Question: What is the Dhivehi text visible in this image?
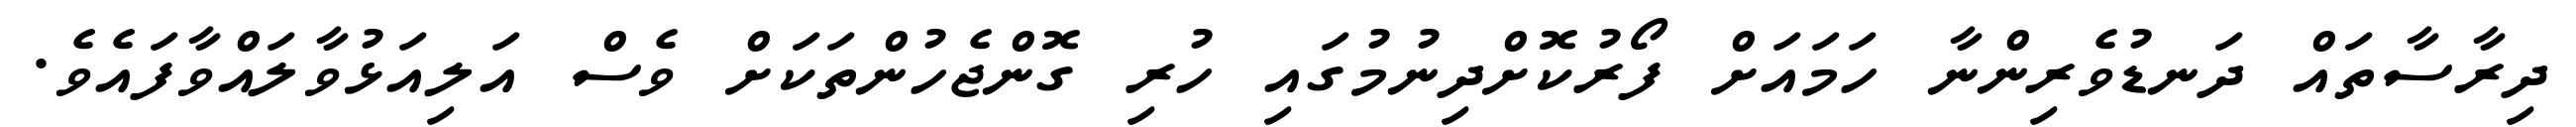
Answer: ދިރާސާތައް ދަނޑުވެރިންނާ ހަމައަށް ފޯރުކޮށްދިނުމުގައި ހުރި ގޮންޖެހުންތަކަށް ވެސް އަލިއަޅުވާލައްވާފައެވެ.